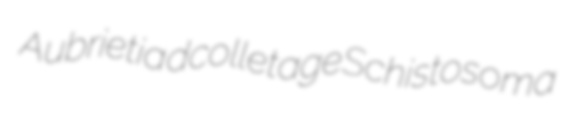
Aubrietia dcolletage Schistosoma